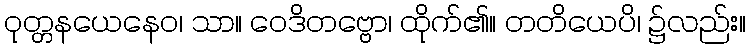
ဝုတ္တနယေနေဝ၊ သာ။ ဝေဒိတဗ္ဗော၊ ထိုက်၏။ တတိယေပိ၊ ၌လည်း။